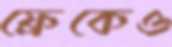
ফ্রেকেও